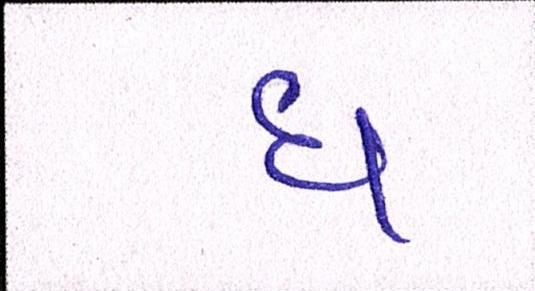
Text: ધ